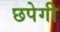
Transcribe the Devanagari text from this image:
छपेगी